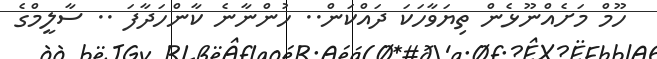
ހޫމް މަށެއްނޫޅެން ތިޔަވާހަކަ ދައްކަން.. ހުންނާނެ ކާންހަދާފަ .. ސާލީމްގެ